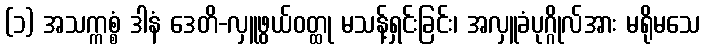
(၁) အသက္ကစ္စံ ဒါနံ ဒေတိ-လှူဖွယ်ဝတ္ထု မသန့်ရှင်းခြင်း၊ အလှူခံပုဂ္ဂိုလ်အား မရိုမသေ